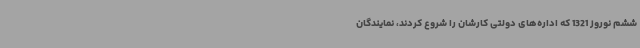
ششم نوروز 1321 که اداره‌های دولتی کارشان را شروع کردند، نمایندگان